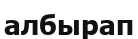
албырап